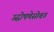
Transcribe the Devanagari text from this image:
उद्घोषणेसोबत